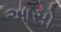
આસો